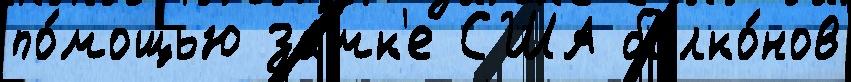
по́мощью замк'е США балко́нов